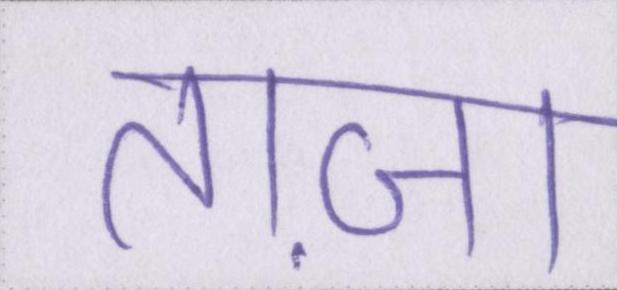
ताज़ा